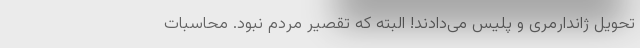
تحویل ژاندارمری و پلیس می‌دادند! البته که تقصیر مردم نبود. محاسبات